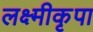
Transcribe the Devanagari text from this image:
लक्ष्मीकृपा